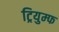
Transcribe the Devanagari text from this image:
ट्रियुम्फ